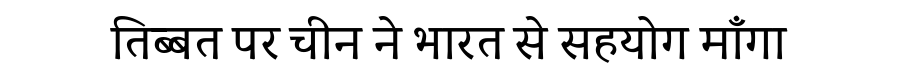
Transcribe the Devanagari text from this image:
तिब्बत पर चीन ने भारत से सहयोग माँगा